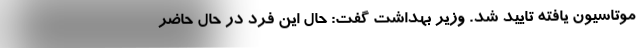
موتاسیون یافته تایید شد. وزیر بهداشت گفت: حال این فرد در حال حاضر